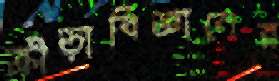
ক্রীড়াবিজ্ঞানের